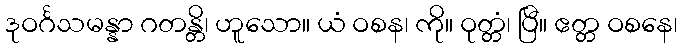
ဒုဝင်္ဂသမန္နာ ဂတန္တိ၊ ဟူသော။ ယံ ဝစန၊ ကို။ ဝုတ္တံ၊ ပြီ။ ဧတ္တ ဝစနေ၊